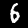
Digit: 6